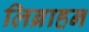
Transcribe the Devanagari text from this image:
लिब्राहन